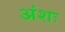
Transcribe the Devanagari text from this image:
अंशः